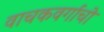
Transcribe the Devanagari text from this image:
वाचकवर्गाचो